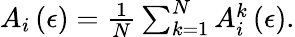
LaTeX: \begin{array}{r}{A_{i}\left(\epsilon\right)=\frac{1}{N}\sum_{k=1}^{N}A_{i}^{k}\left(\epsilon\right).}\end{array}